Vaccination in Burma 1912-1922 - 1912-1922
Year: 1912
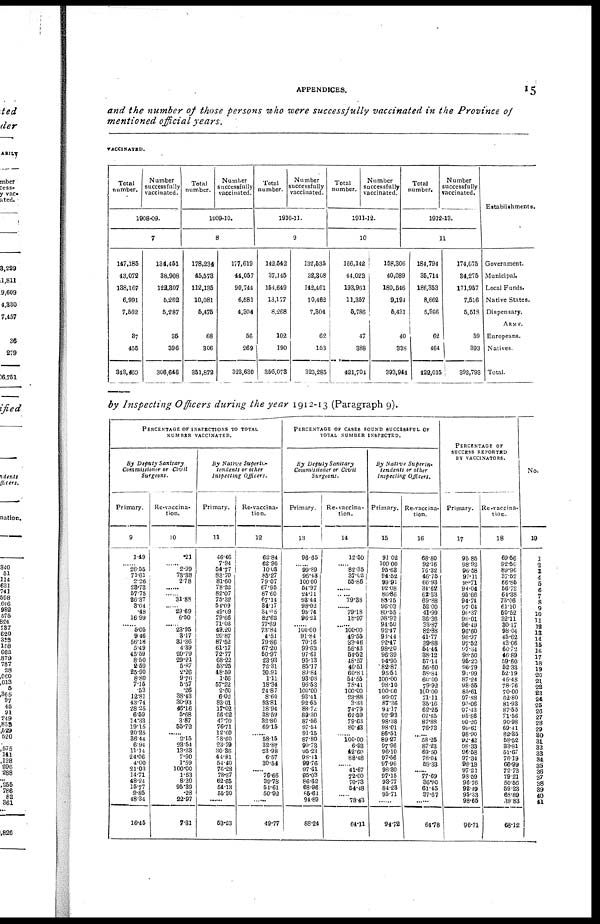
APPENDICES.
15
and the number of those persons who were successfully vaccinated in the Province of
mentioned official years.
VACCINATED.
Total
number.
Number
successfully
vaccinated.
1908-09.
7
147,185
43,072
138,167
6,991
7,562
87
456
843,460
134,451
38,908
122,307
5,262
5,287
35
396
306,646
Total
number.
Number
Successfully
vaccinated.
1909-10.
8
178,234
45,573
112,135
10,081
5,475
68
306
351,872
177,619
44,057
90,744
6,581
4,304
56
269
323,630
Total
number.
Number
successfully
vaccinated.
1910-11.
9
142,642
37,145
164,649
13,177
8,268
102
190
356,078
132,535
32,308
142,161
10,162
7,304
62
153
325,285
Total
number.
Number
successfully
vaccinated.
1911-12.
10
166,112
44,023
193,961
11,357
5,786
47
388
421,701
Total
number.
Number
successfully
vaccinated.
1912-13.
11
158,306
40,089
180,546
9,194
5,431
40
338
393,944
181,791
36,711
186,353
8,662
5,966
62
464
422,015
174,675
84,275
171,957
7,516
5,518
59
393
393,793
Establishments.
Government.
Municipal.
Local Funds.
Native States.
Dispensary.
ARMY.
Europeans.
Natives.
Total.
by Inspecting Officers during the year 1912-13 (Paragraph 9).
PERCENTAGE OF INSPECTIONS TO TOTAL
NUMBER VACCINATED.
By Deputy Sanitary
Commissioner or Civil
Surgeons.
Primary.
9
1.49
......
26.55
71.61
2.26
23.73
57.75
26.37
3.64
.48
16.99
......
5.05
9.46
56.18
5.49
45.59
8.50
2.59
25.90
8.80
7.15
.53
12.81
43.71
28.25
6.59
14.33
19.15
20.25
36.44
6.91
11.14
21.06
1.00
21.03
14.71
48.24
15.77
2.85
48.31
16.15
Re-vaccina-
tion.
10
.21
......
2.99
73.38
2.78
......
......
31.88
......
29.69
6.50
......
23.95
3.17
31.36
4.39
20.79
29.91
5.87
2.26
9.76
5.57
.26
38.43
30.93
46.16
5.68
3.87
55.72
......
2.15
23.54
13.23
7.90
1.59
100.00
1.53
8.30
95.89
.28
22.97
7.81
By Native Superin-
tendents or other
Inspecting
Officers.
Primary.
11
46.46
7.91
54.77
83.70
81.60
78.22
82.07
75.32
54.09
49.09
79.66
71.03
49.20
20.87
87.52
61.17
72.77
68.22
53.25
48.59
1.56
57.22
2.60
603
83.01
17.02
56.02
47.70
76.71
12.60
78.60
23.79
30.36
44.81
54.40
76.28
78.87
62.65
54.13
55.30
......
53.23
Re-vaccina-
tion.
12
62.81
62.96
10.08
85.27
79.07
67.95
87.60
67.11
34.17
34.65
82.62
77.69
73.84
4.51
79.86
67.20
50.97
23.93
72.31
30.91
1.11
18.34
24.87
8.60
93.81
18.91
38.59
32.80
69.15
......
58.15
32.87
23.98
6.57
30.54
......
76.66
39.78
54.61
50.92
......
49.77
PERCENTAGE OF CASES FOUND SUCCESSFUL OF
TOTAL NUMBER INSPECTED.
By Deputy Sanitary
Commissioner or Civil
Surgeons.
Primary.
13
96.65
......
99.89
96.43
100.00
54.97
24.11
93.44
98.02
95.71
96.21
......
100.00
91.84
70.16
99.63
97.61
95.13
85.17
89.84
93.08
96.53
100.00
93.41
92.65
83.72
89.30
87.56
97.54
91.15
87.80
99.73
95.23
98.41
99.76
97.61
95.03
86.62
68.96
85.61
91.89
88.24
Re-vaccina-
tion.
14
12.50
......
82.35
37.02
55.86
......
......
79.88
......
79.18
18.97
......
100.00
49.55
33.16
56.43
54.52
48.57
46.51
60.81
54.55
78.41
100.00
23.88
3.33
71.79
62.59
79.63
80.43
......
100.00
6.93
42.60
88.18
......
41.67
72.00
70.73
54.48
......
78.43
64.11
By Native
Superin-
tendents or other
Inspecting Officers.
Primary.
15
91.02
100.00
95.68
94.52
99.91
92.08
86.86
88.15
96.03
89.55
98.93
94.50
92.47
93.44
92.47
98.20
96.39
94.95
82.87
95.51
100.00
98.10
100.00
99.07
87.36
94.17
92.93
98.38
98.01
86.51
89.27
97.96
96.10
97.56
97.96
98.30
97.15
93.77
84.23
95.71
......
94.72
Re-vaccina-
tion.
16
68.80
92.16
76.32
46.75
66.93
34.62
62.33
69.88
52.00
41.99
36.36
33.87
82.88
41.77
39.88
64.44
38.12
57.14
56.60
58.84
60.00
79.92
100.00
71.11
35.16
62.25
62.85
87.88
76.73
......
58.25
87.23
69.50
78.04
58.33
......
77.69
36.00
61.45
37.67
......
64.78
PERCENTAGE OF
SUCCESS REPORTED
BY VACCINATORS.
Primary.
17
95.85
98.92
96.58
97.11
98.71
94.04
95.66
94.74
97.04
96.87
99.01
96.49
96.60
96.97
97.52
97.34
98.50
95.20
96.79
91.99
87.21
98.55
85.61
97.88
96.06
97.43
95.86
99.26
99.61
98.90
92.42
98.33
96.58
97.34
98.18
97.21
98.59
96.76
92.49
95.33
98.65
96.71
Re-vaccina-
tion.
18
69.56
92.50
89.96
37.52
66.85
56.72
64.38
73.06
61.10
50.52
32.11
30.17
98.04
45.62
43.06
60.72
46.89
59.60
52.33
52.19
45.48
78.76
70.00
62.80
81.93
87.55
71.56
90.98
69.41
82.35
58.52
33.81
51.67
76.19
66.99
72.73
79.21
50.56
59.23
68.89
39.83
68.12
No.
19
1
2
3
4
5
6
7
8
9
10
11
12
13
14
15
16
17
18
19
20
21
22
23
24
25
26
27
28
29
80
31
32
33
34
35
36
37
38
39
40
41